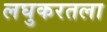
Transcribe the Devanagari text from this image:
लघुकरतला